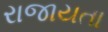
રાજાયતા